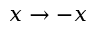
x \rightarrow - x